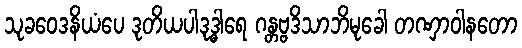
သုခဝေဒနိယံပေ ဒုတိယပါဒုဒ္ဓါရေ ဂန္တဗ္ဗဒိသာဘိမုခေါ တဏှာဝါနတော